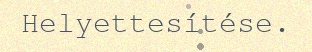
Helyettesítése.